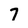
Character: 7